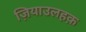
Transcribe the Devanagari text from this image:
ज़ियाउलहक़